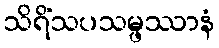
သိရိံသပသမ္ဖဿာနံ